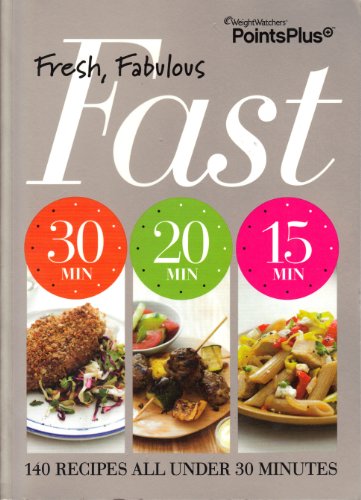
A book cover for Weight Watchers PointsPlus Fresh, Fabulous, Fast Cookbook; Weight Watchers; Health, Fitness & Dieting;